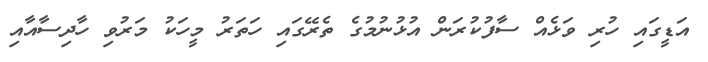
އަޑީގައި ހުރި ވަޅެއް ސާފުކުރަން އުޅުނުމުގެ ތެރޭގައި ހަތަރު މީހަކު މަރުވި ހާދިސާއާއި